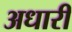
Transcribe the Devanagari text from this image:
अधारी